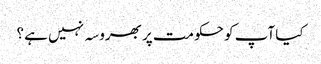
کیا آپ کو حکومت پر بھروسہ نہیں ہے ؟